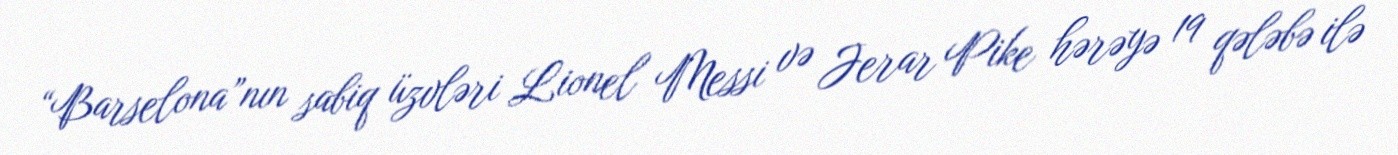
“Barselona”nın sabiq üzvləri Lionel Messi və Jerar Pike hərəyə 19 qələbə ilə